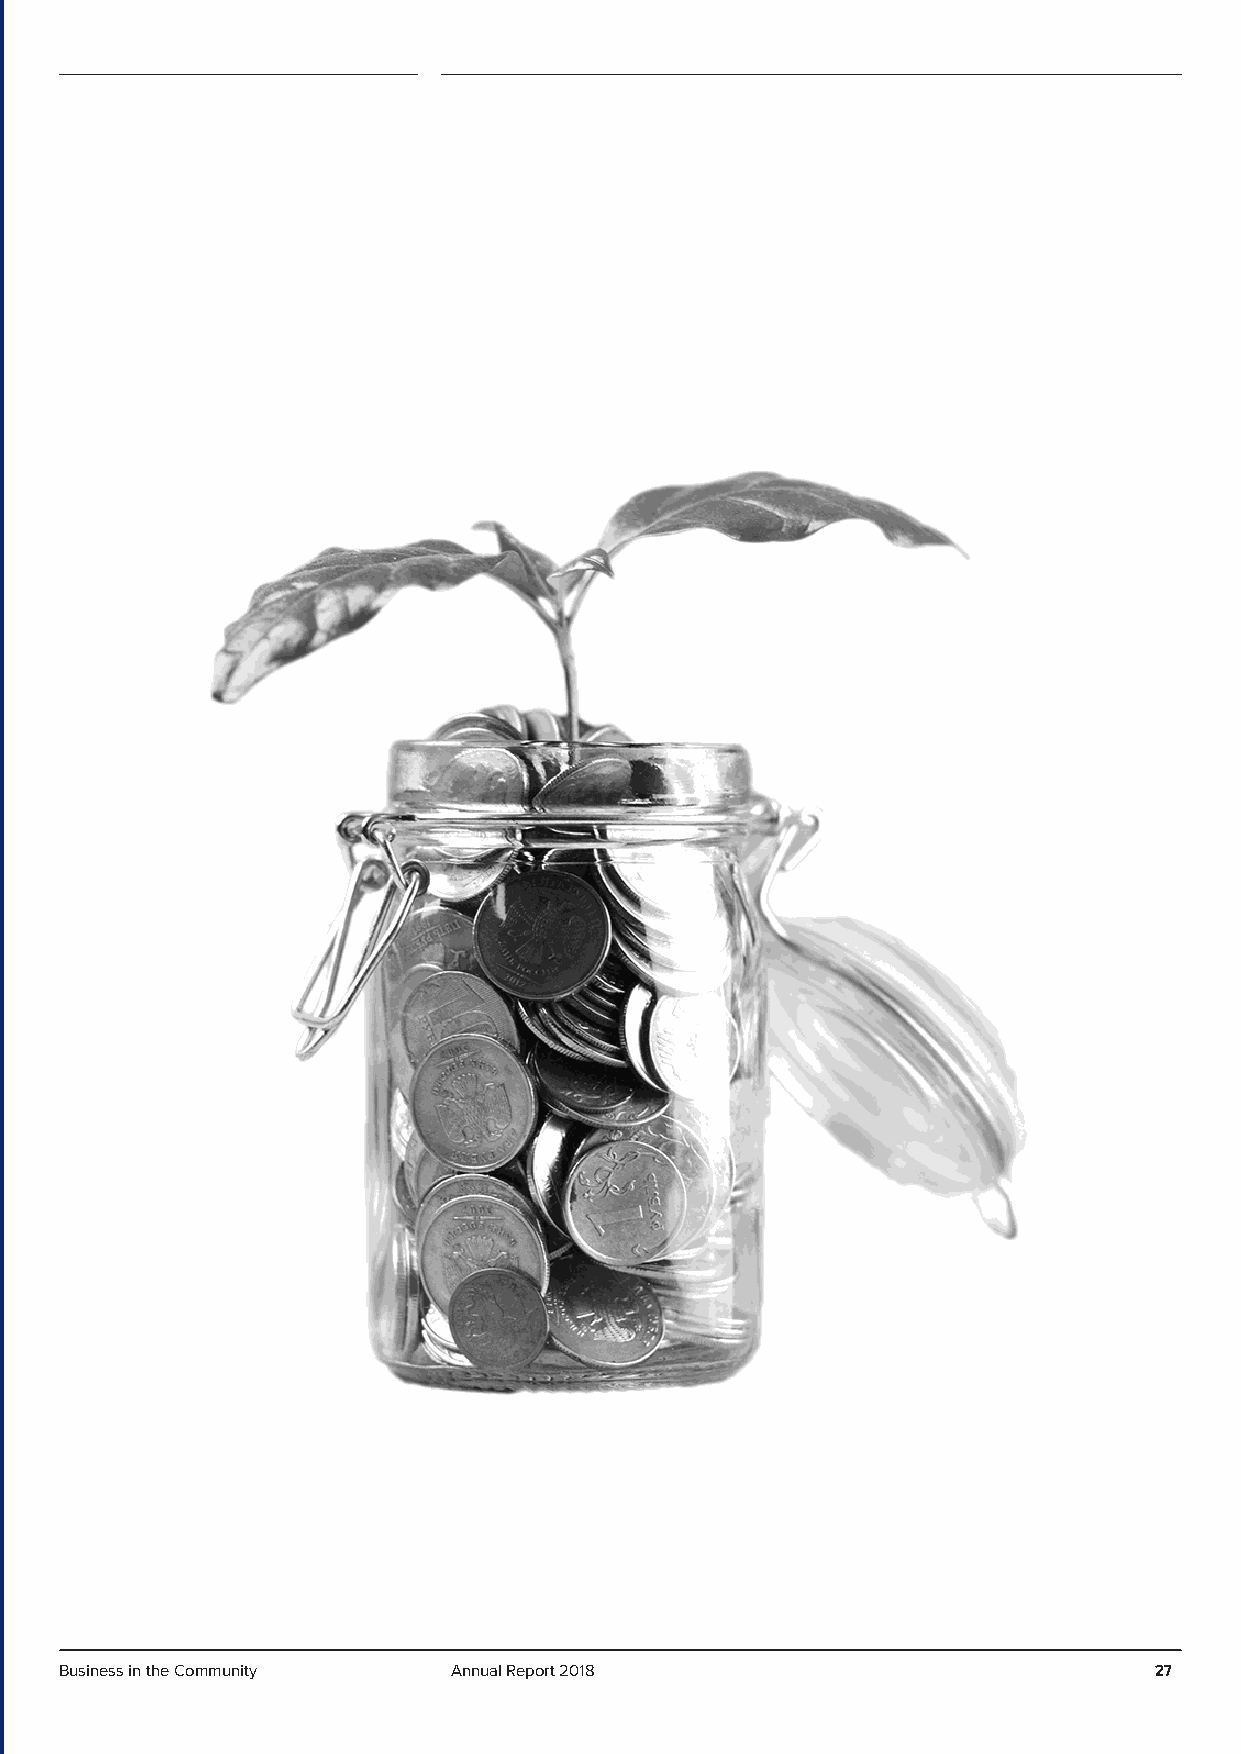
Business in the Community Annual Report 2018                            27